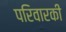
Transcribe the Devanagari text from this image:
परिवारकी